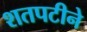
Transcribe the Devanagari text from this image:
शतपटीने